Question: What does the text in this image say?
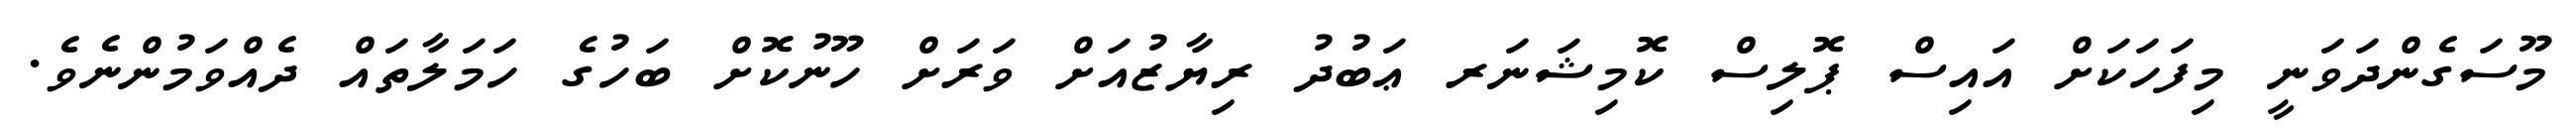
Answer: މޫސަގެންދަވަނީ މިފަހަކަށް އައިސް ޕޮލިސް ކޮމިޝަނަރ ޢަބުދު ރިޔާޒުއަށް ވަރަށް ހޫނުކޮށް ބަހުގެ ހަމަލާތައް ދެއްވަމުންނެވެ.